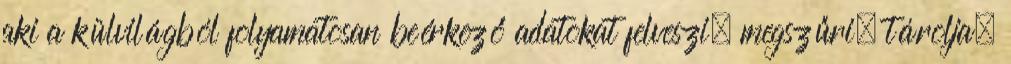
aki a külvilágból folyamatosan beérkező adatokat felveszi, megszűri, tárolja,